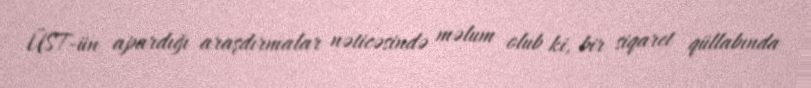
ÜST-ün apardığı araşdırmalar nəticəsində məlum olub ki, bir siqaret qüllabında